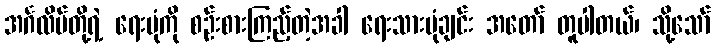
အင်္ဂလိပ်တို့ရဲ့ ရေးပုံကို စဉ်းစားကြည့်တဲ့အခါ ရေးသားပုံချင်း အတော် တူပါတယ်၊ သို့သော်